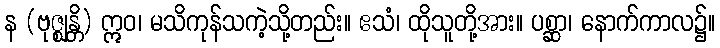
န (ဗုဇ္ဈန္တိ) ဣဝ၊ မသိကုန်သကဲ့သို့တည်း။ ဧသံ၊ ထိုသူတို့အား။ ပစ္ဆာ၊ နောက်ကာလ၌။